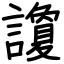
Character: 讂